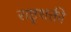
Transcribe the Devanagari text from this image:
राष्ट्रशक्ती